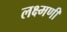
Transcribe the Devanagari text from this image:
लक्ष्मणी